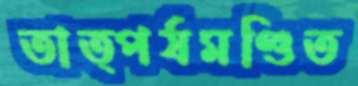
তাত্পর্যমণ্ডিত